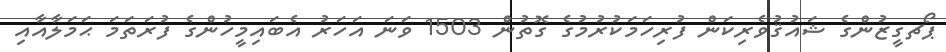
ޕޯޗގީޒުންގެ ޝައުޤުވެރިކަން ފުރިހަމަކުރުމުގެ ގޮތުން 1503 ވަނަ އަހަރު އެބައިމީހުންގެ ފުރަތަމަ ޙަމަލާއާއި